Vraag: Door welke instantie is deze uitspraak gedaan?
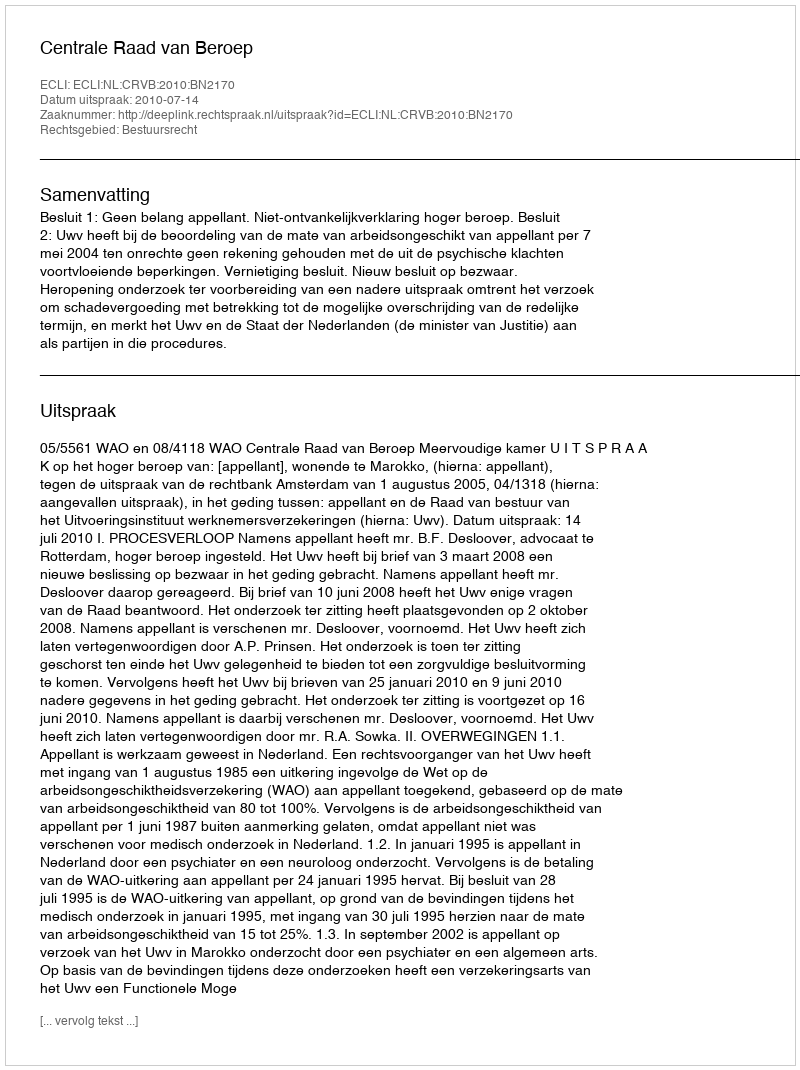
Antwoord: Centrale Raad van Beroep